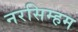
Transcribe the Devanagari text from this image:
नरसिम्हम